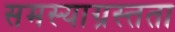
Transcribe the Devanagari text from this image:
समस्याग्रस्तता